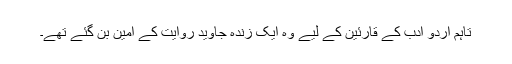
تاہم اُردو ادب کے قارئین کے لیے وہ ایک زندہ جاوید روایت کے امین بن گئے تھے۔